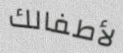
لأطفالك